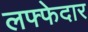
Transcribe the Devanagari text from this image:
लफ्फेदार